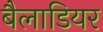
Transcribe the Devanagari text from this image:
बैलाडियर